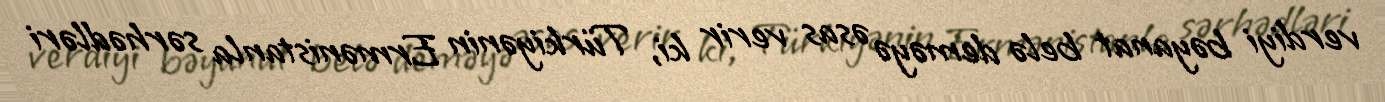
verdiyi bəyanat belə deməyə əsas verir ki, Türkiyənin Ermənistanla sərhədləri